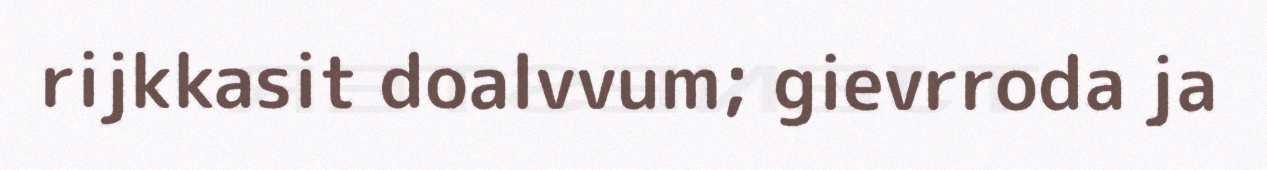
rijkkasit doalvvum; gievrroda ja